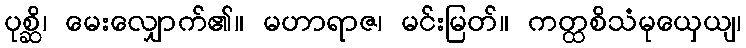
ပုစ္ဆိ၊ မေးလျှောက်၏။ မဟာရာဇ၊ မင်းမြတ်။ ကတ္ထစိသံမုယှေယျ၊